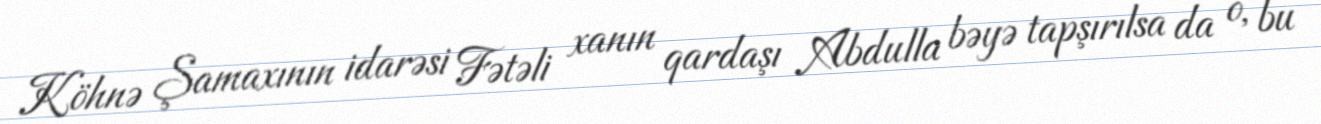
Köhnə Şamaxının idarəsi Fətəli xanın qardaşı Abdulla bəyə tapşırılsa da o, bu